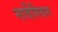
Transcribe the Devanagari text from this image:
नार्वेगियन